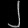
Digit: ၂